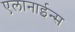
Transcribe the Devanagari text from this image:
एलानाईन्स